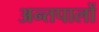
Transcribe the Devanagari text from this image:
अन्तपालों